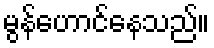
မွန်ဟောင်နေသည်။